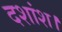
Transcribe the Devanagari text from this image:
दशांश।